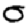
Digit: 0